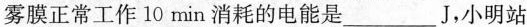
雾膜正常工作10min消耗的电能是___J，小明站